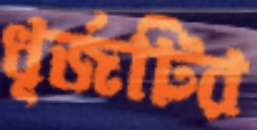
ধূর্জটির